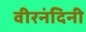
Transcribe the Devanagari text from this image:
वीरनंदिनी